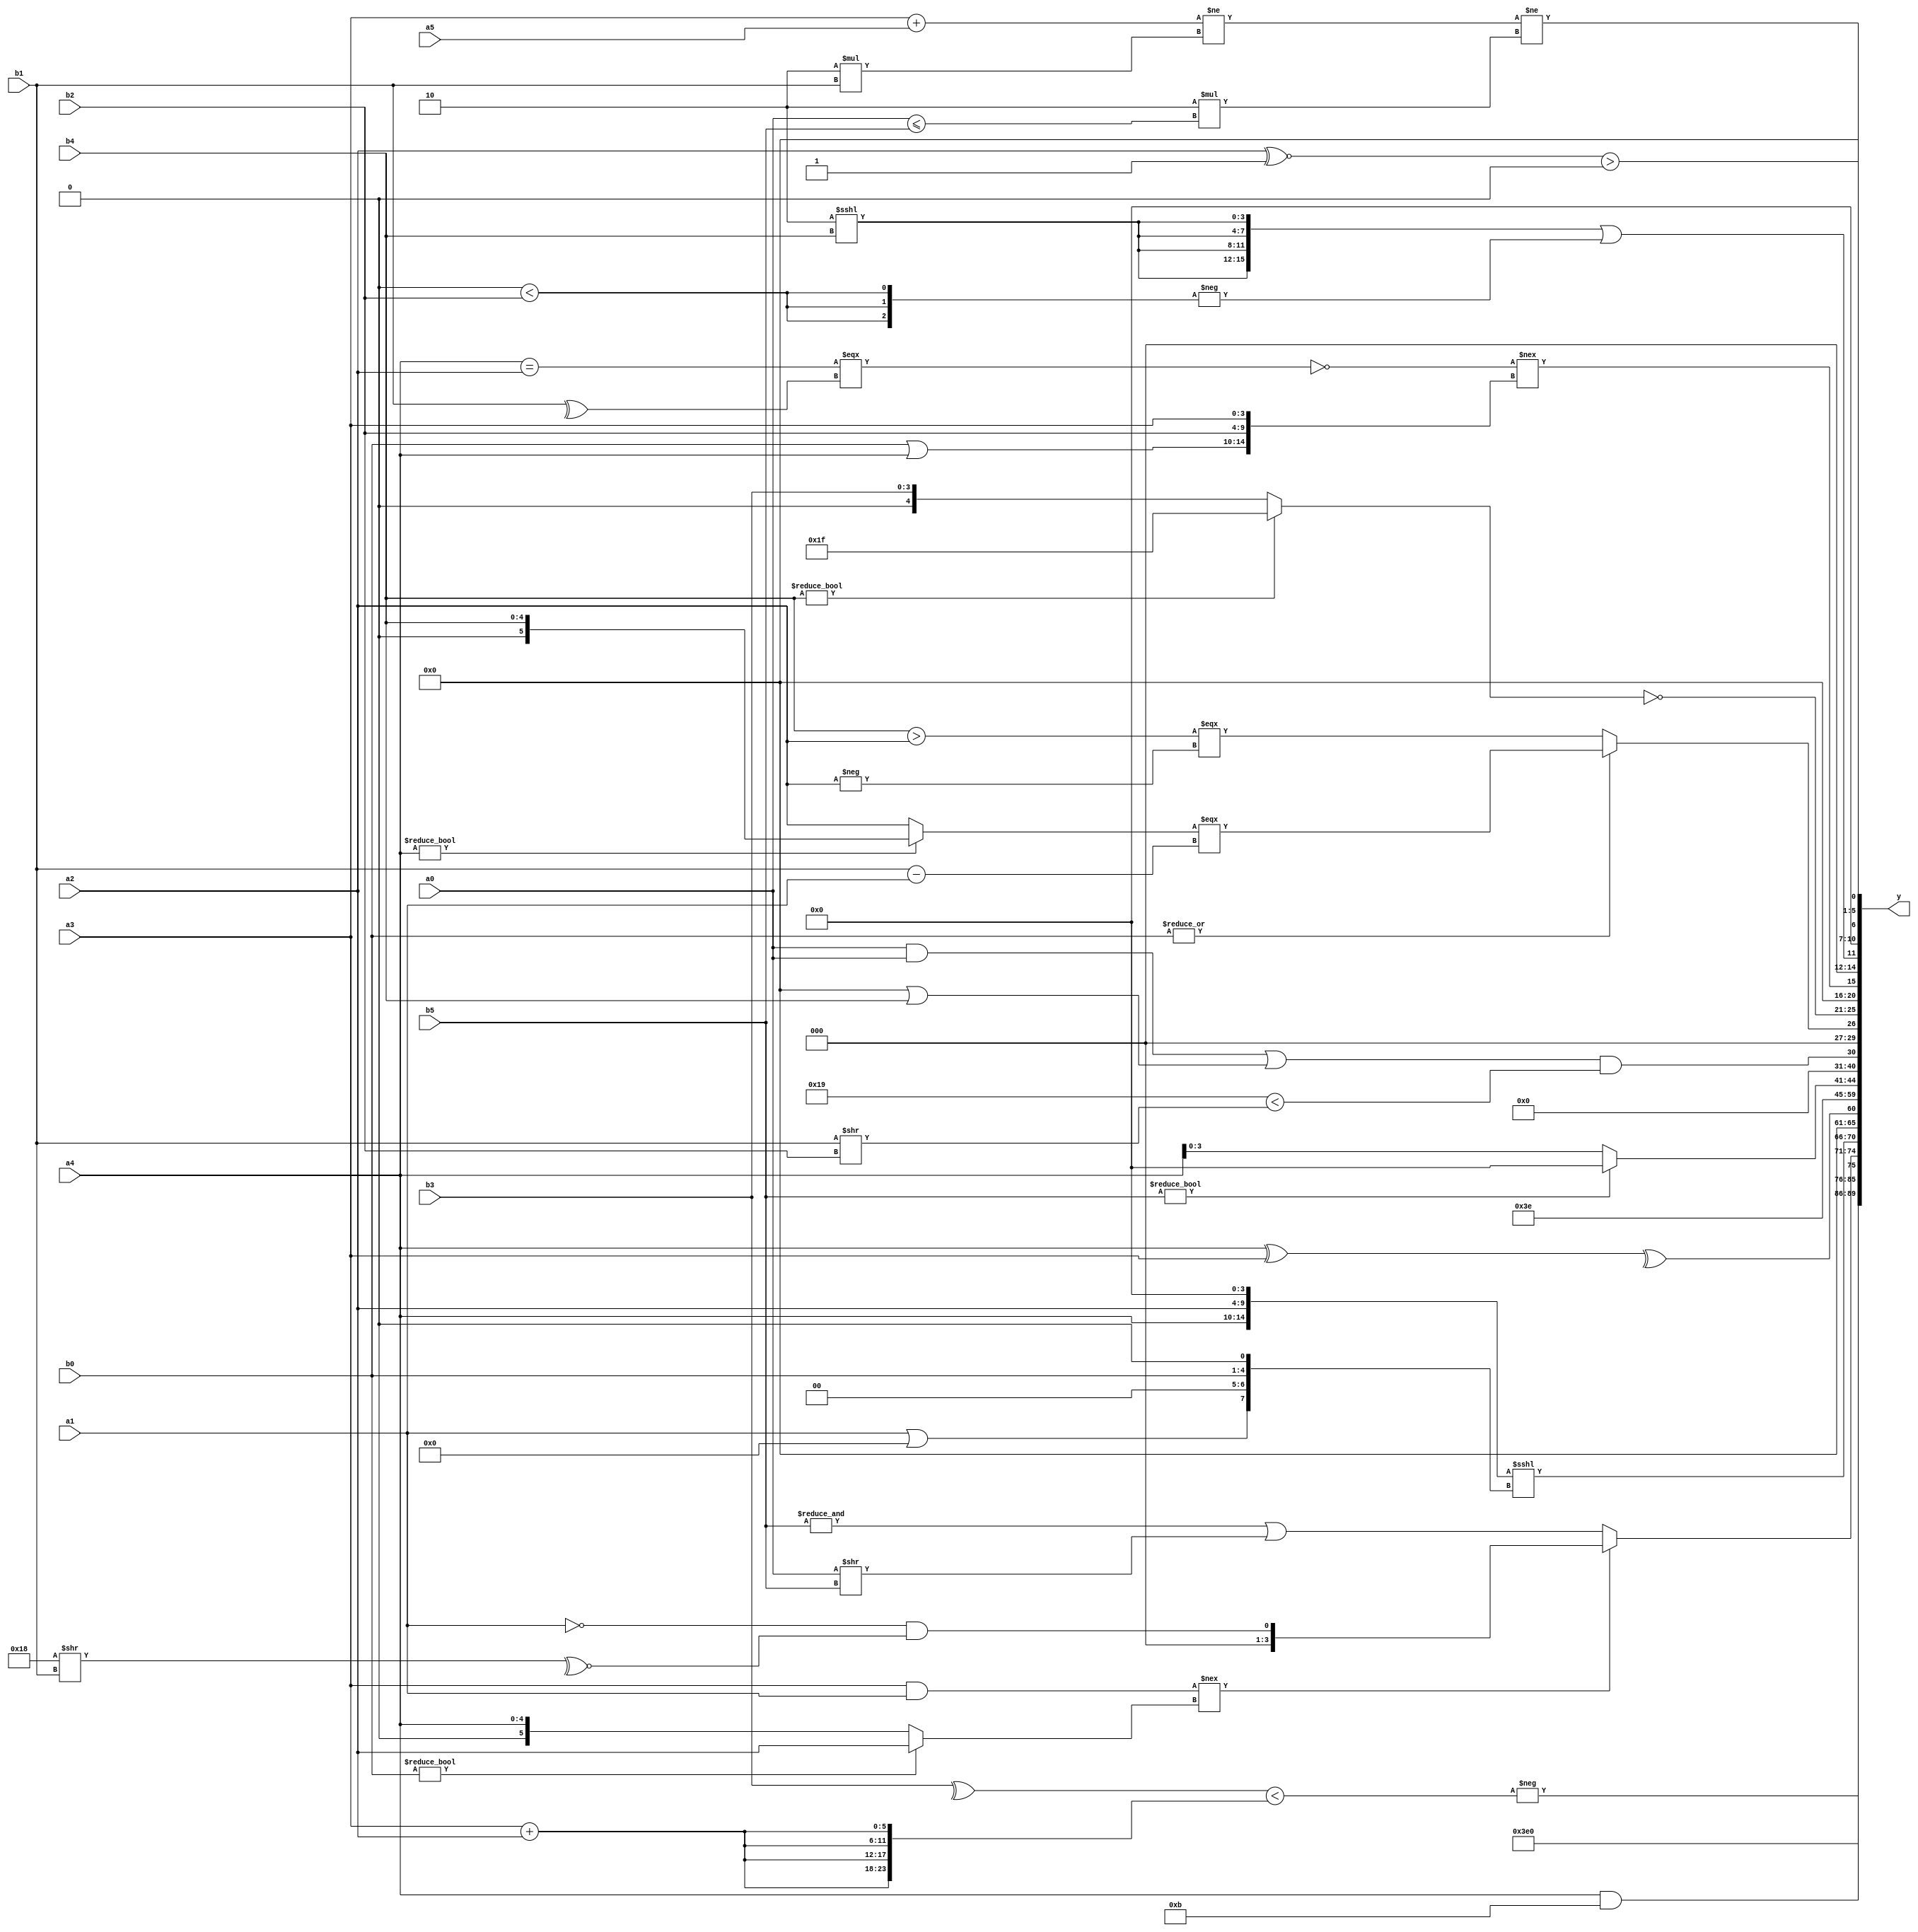
module expression_00813(a0, a1, a2, a3, a4, a5, b0, b1, b2, b3, b4, b5, y);
  input [3:0] a0;
  input [4:0] a1;
  input [5:0] a2;
  input signed [3:0] a3;
  input signed [4:0] a4;
  input signed [5:0] a5;

  input [3:0] b0;
  input [4:0] b1;
  input [5:0] b2;
  input signed [3:0] b3;
  input signed [4:0] b4;
  input signed [5:0] b5;

  wire [3:0] y0;
  wire [4:0] y1;
  wire [5:0] y2;
  wire signed [3:0] y3;
  wire signed [4:0] y4;
  wire signed [5:0] y5;
  wire [3:0] y6;
  wire [4:0] y7;
  wire [5:0] y8;
  wire signed [3:0] y9;
  wire signed [4:0] y10;
  wire signed [5:0] y11;
  wire [3:0] y12;
  wire [4:0] y13;
  wire [5:0] y14;
  wire signed [3:0] y15;
  wire signed [4:0] y16;
  wire signed [5:0] y17;

  output [89:0] y;
  assign y = {y0,y1,y2,y3,y4,y5,y6,y7,y8,y9,y10,y11,y12,y13,y14,y15,y16,y17};

  localparam [3:0] p0 = (^(~(~&(!((~&(3'sd2))||(~^(4'd3)))))));
  localparam [4:0] p1 = {2{((5'd15)&&(-4'sd2))}};
  localparam [5:0] p2 = (-2'sd0);
  localparam signed [3:0] p3 = {2{(-{1{((3'd3)^(4'd11))}})}};
  localparam signed [4:0] p4 = ((4'd0)>=(-2'sd1));
  localparam signed [5:0] p5 = (((5'sd6)!==(5'd10))/(-2'sd1));
  localparam [3:0] p6 = (5'd21);
  localparam [4:0] p7 = ((2'd2)?((-5'sd10)?(3'sd3):(-3'sd1)):{(2'sd0)});
  localparam [5:0] p8 = {{{((-3'sd2)==(3'd1))}}};
  localparam signed [3:0] p9 = (5'd30);
  localparam signed [4:0] p10 = {1{(^{2{{1{(!{1{(~|(3'd6))}})}}}})}};
  localparam signed [5:0] p11 = (((-2'sd0)%(-5'sd9))?(5'd23):((4'd10)?(4'sd5):(2'd1)));
  localparam [3:0] p12 = (~^(~|{1{(&(&{4{(~|(-2'sd1))}}))}}));
  localparam [4:0] p13 = ({4{(5'd20)}}&&(((3'sd3)>>(3'sd1))<<(5'sd0)));
  localparam [5:0] p14 = {{{(4'sd6),(2'd3),(-2'sd0)},{(5'sd11)},{(2'd2),(-2'sd0),(-5'sd1)}}};
  localparam signed [3:0] p15 = (!(|((~&((3'sd1)||(-5'sd13)))===(-((3'd5)-(4'd12))))));
  localparam signed [4:0] p16 = {(^((-4'sd5)&&(5'd18))),(^((5'd25)>>(5'sd12)))};
  localparam signed [5:0] p17 = ((5'd24)&(5'd24));

  assign y0 = (-((~|(|(~^(|(^(&(&(^(+b3)))))))))<{4{(a3+a2)}}));
  assign y1 = (5'd31);
  assign y2 = ($signed({a4})&&(-4'sd5));
  assign y3 = ((&((a3&&a1)!==(b0?a2:a4)))?({(!a1)}&(~^(p17>>b1))):((^(&b5))|(a0>>b5)));
  assign y4 = ($unsigned({{a4},(p17?a2:b4),(p12)})<<<{{(a1||p2)},(p3?b0:b5),(p12!=p8)});
  assign y5 = ((p6%p7)?(^(a4^a3)):(4'd0));
  assign y6 = (6'd2 * (p8&&p12));
  assign y7 = (|((~|p0)==(~|p9)));
  assign y8 = (~p15);
  assign y9 = {{((b5==a5)<=(b5?p11:b3))},{{(~&(p17^~p0))},(b5?p5:a4)}};
  assign y10 = {1{p5}};
  assign y11 = (((a0&&a0)|(p4||b4))&&((5'd25)<(b1>>b2)));
  assign y12 = ($unsigned((|{2{b0}}))?((a4?b4:a2)===(b1-a1)):((b4>a2)===(-a2)));
  assign y13 = (~{(($unsigned(b5)^~{p9,p12})),(+((+$signed($signed(b1))))),((~^p17)?(b4?p14:b3):(p5))});
  assign y14 = ((~&((a4==a2)===$signed((^b1))))!=={$unsigned({(b0|a4),{b2,a3}})});
  assign y15 = ({4{(p9<<<b4)}}||(-{3{(p4<b2)}}));
  assign y16 = ((a2^~p15)>$unsigned(p2));
  assign y17 = (((a3+a5)!=(4'd2 * b1))!=(6'd2 * $unsigned((a0<=b5))));
endmodule